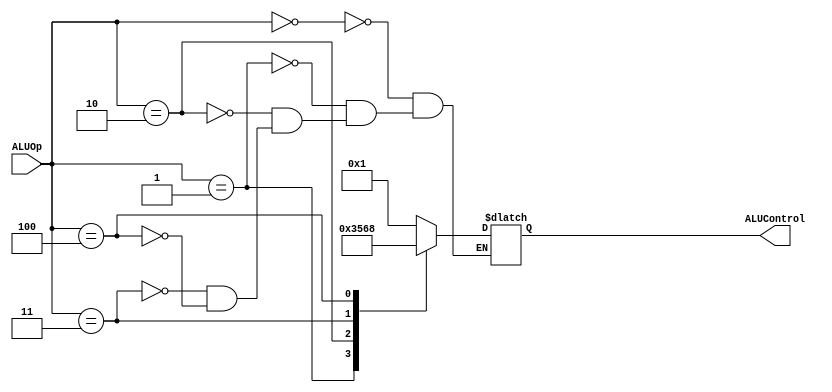
module ALU_Control(ALUOp, ALUControl);
input [2:0] ALUOp;
output reg [3:0] ALUControl;
parameter AND = 3'b000;
parameter OR = 3'b001;
parameter ADD =  3'b010;
parameter SUB = 3'b011;
parameter SLT =  3'b100;
always @(*)
	begin
		case(ALUOp)
			AND:
				begin
					ALUControl = 4'b0001;
				end
			
			OR:  
				begin
					ALUControl = 4'b0011;
				end
			
			ADD: 
				begin
					ALUControl = 4'b0101;
				end
			
			SUB: 
				begin
					ALUControl = 4'b0110;
				end
			
			SLT: 
				begin
					ALUControl = 4'b1000;
				end
		endcase
	end
endmodule